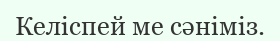
Келіспей ме сәніміз.